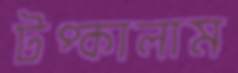
টপ্‌কালাম